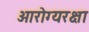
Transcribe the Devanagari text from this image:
आरोग्यरक्षा